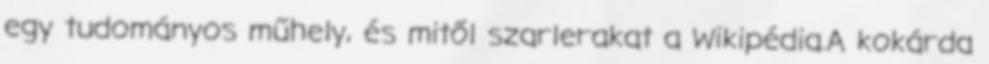
egy tudományos műhely, és mitől szarlerakat a Wikipédia.A kokárda